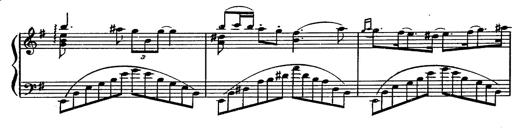
Title: Magyar rapszÃ³diÃ¡k
Composer: Franz Liszt